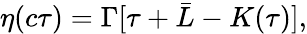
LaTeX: \eta(c\tau)=\Gamma[\tau+\bar{L}-K(\tau)],